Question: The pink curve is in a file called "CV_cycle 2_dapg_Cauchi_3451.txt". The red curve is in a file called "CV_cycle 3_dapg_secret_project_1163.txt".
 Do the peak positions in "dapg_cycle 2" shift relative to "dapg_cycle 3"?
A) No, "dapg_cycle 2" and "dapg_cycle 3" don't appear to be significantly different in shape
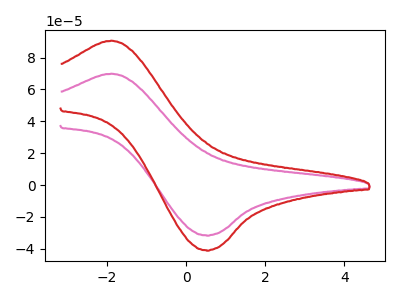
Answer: <think>The pink curve "dapg_cycle 2" has an anodic peak at (-1.90V, 69.90uA) and a cathodic peak at (0.50V, -31.55uA). The red curve "dapg_cycle 3" has an anodic peak at (-1.90V, 90.65uA) and a cathodic peak at (0.50V, -40.90uA).
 All the peaks in "dapg_cycle 2" have a peak in "dapg_cycle 3" at the same potential. Every peak in "dapg_cycle 2" is lower than every peak in "dapg_cycle 3".</think>
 <answer>A) No, "dapg_cycle 2" and "dapg_cycle 3" don't appear to be significantly different in shape</answer>
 <eval>A</eval>